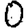
Digit: 0